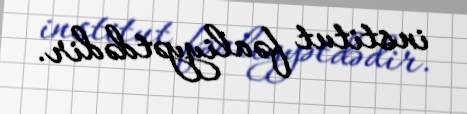
institut fəaliyyətdədir.